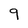
Character: 9